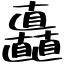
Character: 矗